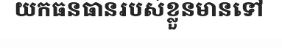
យកធនធានរបស់ខ្លួនមានទៅ